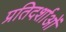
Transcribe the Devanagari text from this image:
प्रतिदर्शाओं